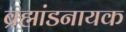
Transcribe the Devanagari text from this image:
ब्रह्मांडनायक